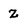
Character: Z